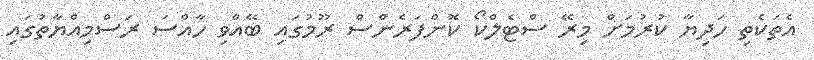
އެތަކެތި ހަދިޔާ ކުރުމަށް މިރޭ ސްޓެލްކޯ ކޮންފަރެންސް ރޫމުގައި ބޭއްވި ހާއްސަ ރަސްމިއްޔާތުގައި